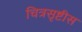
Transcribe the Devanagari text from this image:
चित्रसृष्टीस